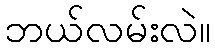
ဘယ်လမ်းလဲ။